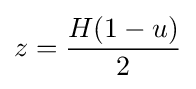
z={\frac {H(1-u)}{2}}